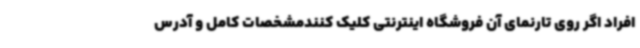
افراد اگر روی تارنمای آن فروشگاه اینترنتی کلیک کنندمشخصات کامل و آدرس